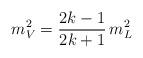
LaTeX: \begin{align*}m_V^2= {2k -1 \over 2k +1} \, m^2_L\end{align*}